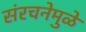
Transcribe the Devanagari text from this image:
संरचनेमुळे